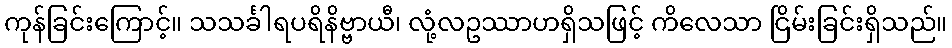
ကုန်ခြင်းကြောင့်။ သသင်္ခါရပရိနိဗ္ဗာယီ၊ လုံ့လဥဿာဟရှိသဖြင့် ကိလေသာ ငြိမ်းခြင်းရှိသည်။